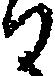
ひ